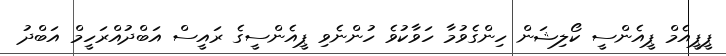
ޕީޕީއެމް ޕީއެންސީ ކޯލިޝަން ހިންގެވުމާ ހަވާކުވެ ހުންނެވި ޕީއެންސީގެ ރައީސް އަބްދުއްރަހީމް އަބްދު